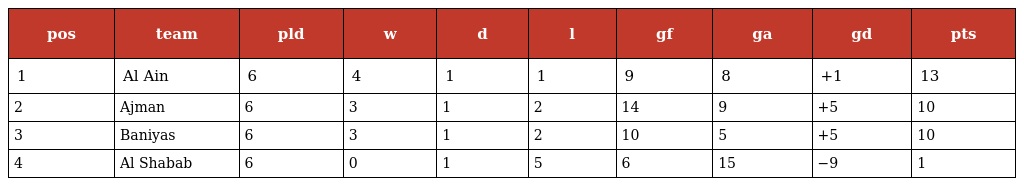
| pos | team | pld | w | d | l | gf | ga | gd | pts |
 | --- | --- | --- | --- | --- | --- | --- | --- | --- | --- |
 | 1 | Al Ain | 6 | 4 | 1 | 1 | 9 | 8 | +1 | 13 |
 | 2 | Ajman | 6 | 3 | 1 | 2 | 14 | 9 | +5 | 10 |
 | 3 | Baniyas | 6 | 3 | 1 | 2 | 10 | 5 | +5 | 10 |
 | 4 | Al Shabab | 6 | 0 | 1 | 5 | 6 | 15 | −9 | 1 |